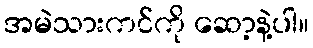
အမဲသားကင်ကို ဆော့နဲ့ပါ။